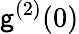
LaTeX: \mathsf{g}^{(2)}(0)